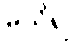
မသိ၍